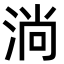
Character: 淌